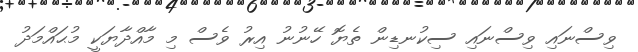
ވިސްނައި ވިސްނައި ސިކުނޑިން ތެޔޮ ހޭނުނު އިރު ވެސް މި މާއްދާޔަކީ މުޙައްމަދު